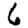
Digit: 6